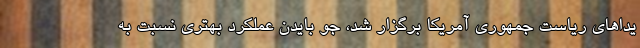
یداهای ریاست جمهوری آمریکا برگزار شد، جو بایدن عملکرد بهتری نسبت به